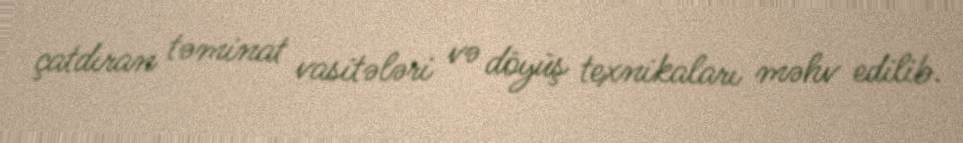
çatdıran təminat vasitələri və döyüş texnikaları məhv edilib.